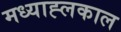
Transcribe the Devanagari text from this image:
मध्याह्लकाल